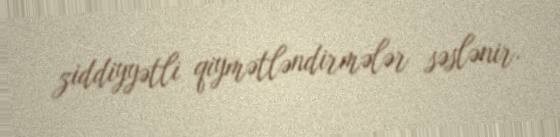
ziddiyyətli qiymətləndirmələr səslənir.